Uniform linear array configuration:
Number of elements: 16
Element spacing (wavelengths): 1
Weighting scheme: hamming
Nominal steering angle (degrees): -15
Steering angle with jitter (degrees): -14.135
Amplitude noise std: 0.05
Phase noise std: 0.05

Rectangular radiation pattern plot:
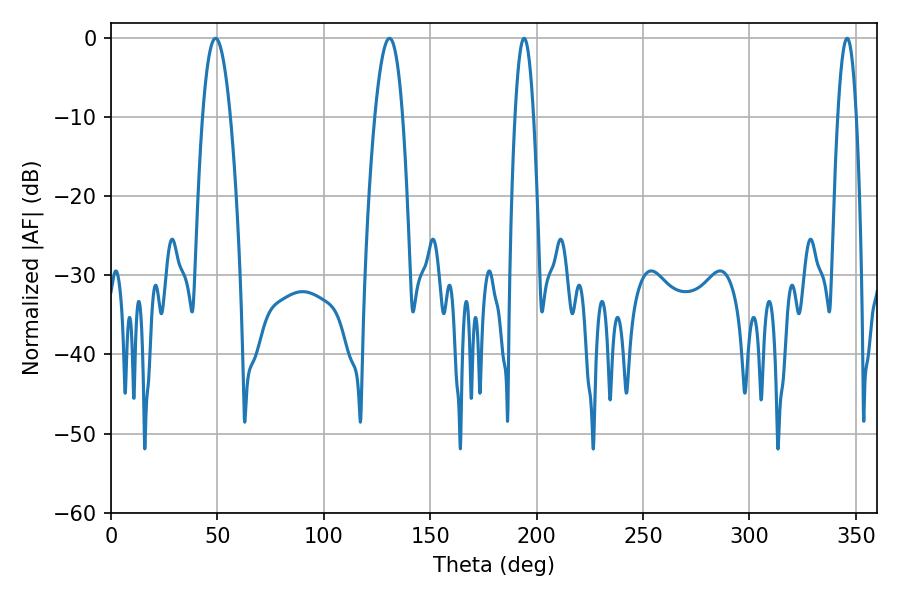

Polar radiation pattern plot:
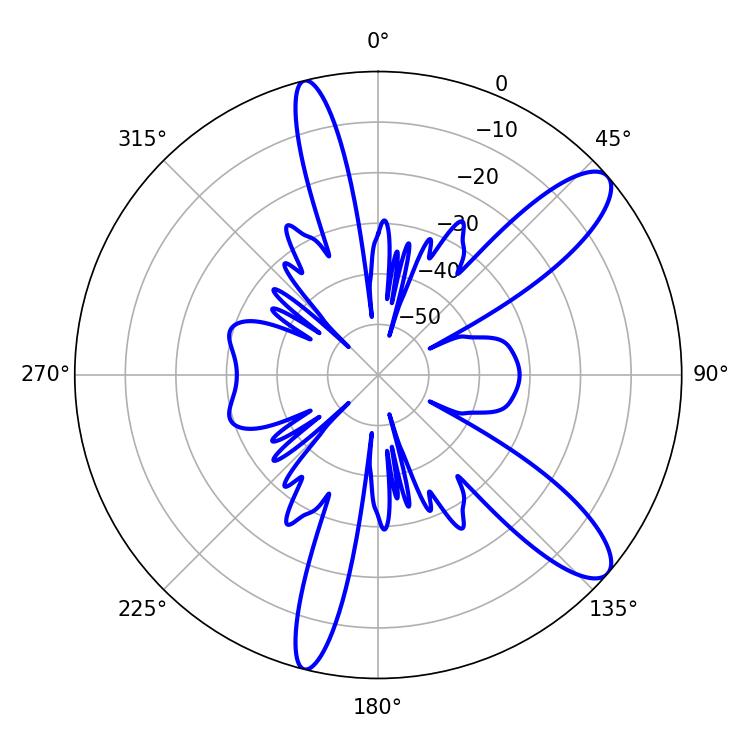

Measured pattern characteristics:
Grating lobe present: TRUE
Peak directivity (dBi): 10.963
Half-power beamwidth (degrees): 7.2
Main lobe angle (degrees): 49.14